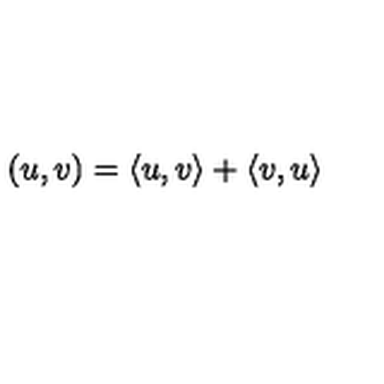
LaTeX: ( u , v ) = \langle u , v \rangle + \langle v , u \rangle